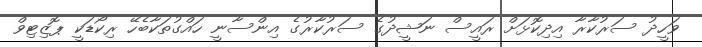
ވަހީދު ސަރުކާރާ އިދިކޮޅަށް ރައީސް ނަޝީދުގެ ސަރުކާރުގެ އިންސާނީ ހައްގުތަކާބެހޭ ރިކޯޑަކީ ޕޮޒިޓިވް